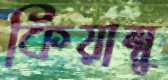
কিয়াম্বু